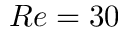
R e = 3 0